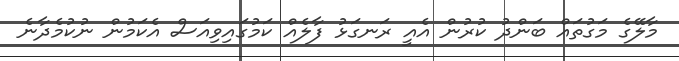
މާލޭގެ މަގުތައް ބަންދު ކުރުން އެއީ ރަނގަޅު ފާލެއް ކަމުގައިވިއަސް އެކަމުން ނުކުމެދާނެ